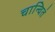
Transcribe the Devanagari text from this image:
चान्वितं